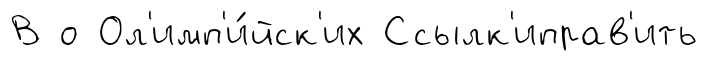
В о Ол'имп'и́йск'их Ссылк'иправ'ить